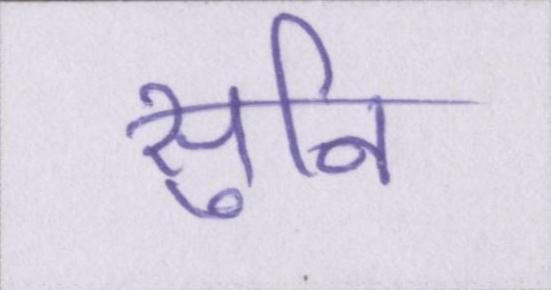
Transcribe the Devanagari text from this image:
सुनि